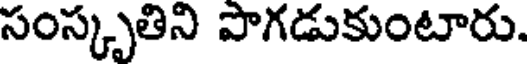
సంస్కృతిని పొగడుకుంటారు.